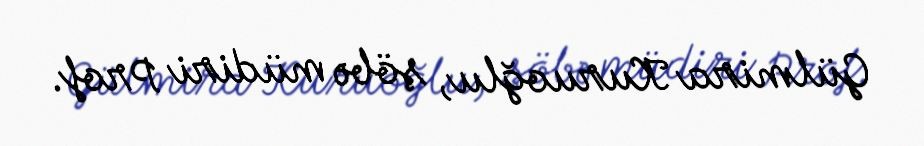
Gülmira Kuruoğlu, şöbə müdiri Prof.